Civil Veterinary Dept. Assam report 1911-1927 - 1911-1927
Year: 1911
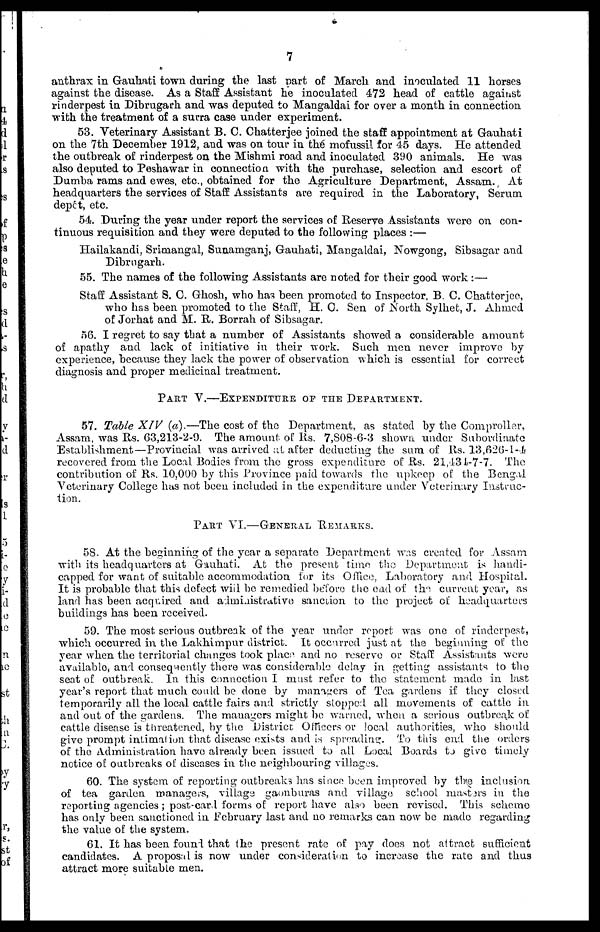
7
anthrax in Gauhati town during the last part of March and inoculated 11 horses
against the disease. As a Staff Assistant he inoculated 472 head of cattle against
rinderpest in Dibrugarh and was deputed to Mangaldai for over a month in connection
with the treatment of a surra case under experiment.
53. Veterinary Assistant B. 0. Chatterjee joined the staff appointment at Gauhati
on the 7th December 1912, and was on tour in the mofussil for 45 days. He attended
the outbreak of rinderpest on the Mishmi road and inoculated 390 animals. He was
also deputed to Peshawar in connection with the purchase, selection and escort of
Dumha rams and ewes, etc., obtained for the Agriculture Department, Assam. At
headquarters the services of Staff Assistants are required in the Laboratory, Serum
depôt, etc.
54. During the year under report the services of Reserve Assistants were on con-
tinuous requisition and they were deputed to the following places :—
Hailakandi, Srimangal, Sunamganj, Gauhati, Mangaldai, Nowgong, Sibsagar and
Dibrugarh.
55. The names of the following Assistants are noted for their good work:—
Staff Assistant S. 0. Ghosh, who has been promoted to Inspector, B. C. Chatterjee,
who has been promoted to the Staff, H. 0. Sen of North Sylhet, J. Ahmed
of Jorhat and M. R. Borrah of Sibsasjar.
56. I regret to say that a number of Assistants showed a considerable amount
of apathy and lack of initiative in their work. Such men never improve by
experience, because they lack the power of observation which is essential for correct
diagnosis and proper medicinal treatment.
PART V.—EXPENDITURE OF THE DEPARTMENT.
57. Table XIV (a).—The cost of the Department, as stated by the Comproller,
Assam, was Rs. 63,213-2-9. The amount of Rs. 7,808-6-3 shown under Subordinate
Establishment—Provincial was arrived at after deducting the sum of Rs. 13,626-1-4
recovered from the Local Bodies from the gross expenditure of Rs. 21,434--7-7. The
contribution of Rs. 10,000 by this Province paid towards the upkeep of the Bengal
Veterinary College has not been included in the expenditure under Veterinary Instruc-
tion.
PART VI.—GENERAL REMARKS.
58. At the beginning of the year a separate Department was created for Assam
with its headquarters at Gauhati. At the present time the Department is handi-
capped for want of suitable accommodation for its Office, Laboratory and Hospital.
It is probable that this defect wiil be remedied before the and of the. current year, as
land has been acquired and administrative sanction to the project of headquarters
buildings has been received.
59. The most serious outbreak of the year under report was one of rinderpest,
which occurred in the Lakhimpur district. It occurred just at the beginning of the
year when the territorial changes took place and no reserve or Staff Assistants were
available, and consequently there was considerable delay in getting assistants to the
seat of outbreak. In this connection I must refer to the statement made in last
year's report that much could be done by managers of Tea gardens if they closed
temporarily all the local cattle fairs and strictly stopped all movements of cattle in
and out of the gardens. The managers might be warned, when a serious outbreak of
cattle disease is threatened, by the District Officers or local authorities, who should
give prompt intimation that disease exists and is spreading. To this end the orders
of the Administration have already been issued to all Local Boards to give timely
notice of outbreaks of diseases in the neighbouring villages.
60. The system of reporting outbreaks has since been improved by the inclusion
of tea garden managers, village gaonburas and village school masters in the
reporting agencies ; post-card forms of report have also been revised. This scheme
has only been sanctioned in February last and no remarks can now be made regarding
the value of the system.
61. It has been found that the present rate of pay does not attract sufficient
candidates. A proposal is now under consideration to increase the rate and thus
attract more suitable men.